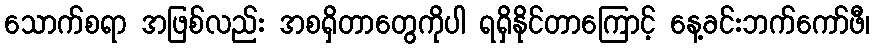
သောက်စရာ အဖြစ်လည်း အစရှိတာတွေကိုပါ ရရှိနိုင်တာကြောင့် နေ့ခင်းဘက်ကော်ဖီ၊